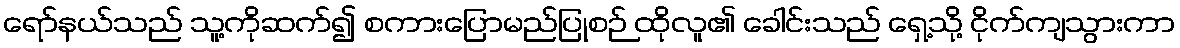
ရော်နယ်သည် သူ့ကိုဆက်၍ စကားပြောမည်ပြုစဉ် ထိုလူ၏ ခေါင်းသည် ရှေ့သို့ ငိုက်ကျသွားကာ